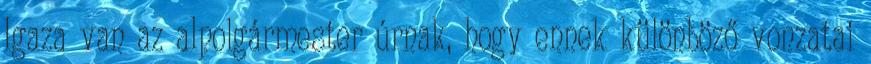
Igaza van az alpolgármester úrnak, hogy ennek különböző vonzatai